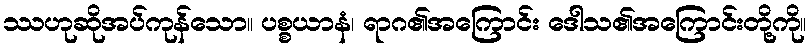
ဿဟုဆိုအပ်ကုန်သော။ ပစ္စယာနံ၊ ရာဂ၏အကြောင်း ဒေါသ၏အကြောင်းတို့ကို။